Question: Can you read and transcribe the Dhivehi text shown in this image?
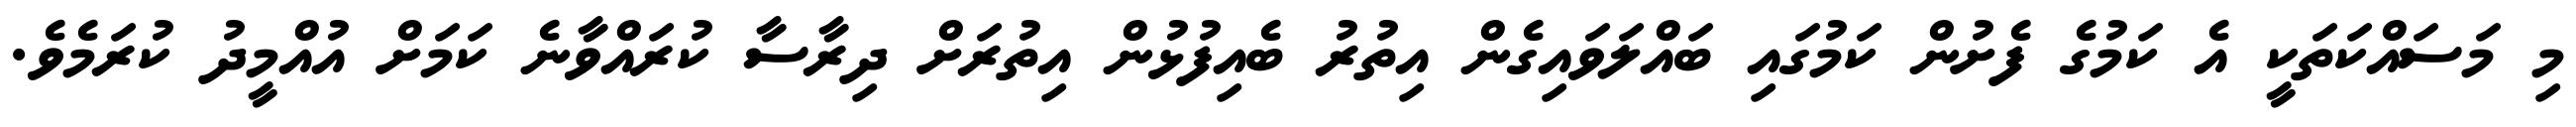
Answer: މި މަސައްކަތަކީ އެ ކަމުގެ ފެށުން ކަމުގައި ބައްލަވައިގެން އިތުރު ބެއިފުޅުން އިތުރަށް ދިރާސާ ކުރައްވާނެ ކަމަށް އުއްމީދު ކުރަމެވެ.